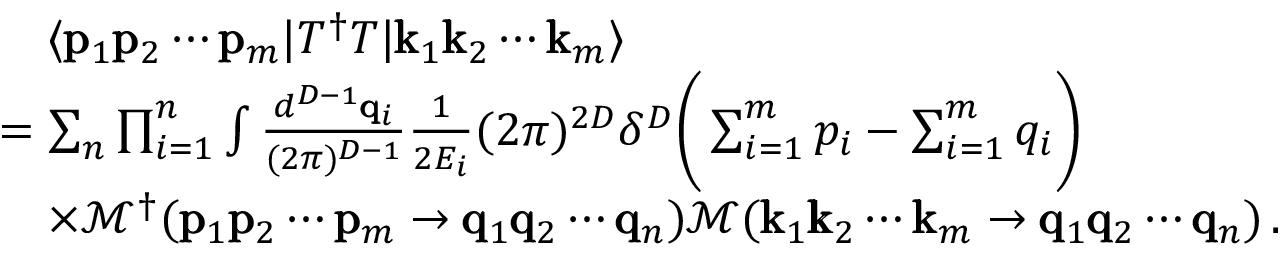
\begin{array} { r l } & { \quad \langle \pmb { \mathrm { p } } _ { 1 } \pmb { \mathrm { p } } _ { 2 } \cdots \pmb { \mathrm { p } } _ { m } | T ^ { \dagger } T | \pmb { \mathrm { k } } _ { 1 } \pmb { \mathrm { k } } _ { 2 } \cdots \pmb { \mathrm { k } } _ { m } \rangle } \\ & { = \sum _ { n } \prod _ { i = 1 } ^ { n } \int \frac { d ^ { D - 1 } \pmb { \mathrm { q } } _ { i } } { ( 2 \pi ) ^ { D - 1 } } \frac { 1 } { 2 E _ { i } } ( 2 \pi ) ^ { 2 D } \delta ^ { D } \bigg ( \sum _ { i = 1 } ^ { m } p _ { i } - \sum _ { i = 1 } ^ { m } q _ { i } \bigg ) } \\ & { \quad \times \mathcal { M } ^ { \dagger } ( \pmb { \mathrm { p } } _ { 1 } \pmb { \mathrm { p } } _ { 2 } \cdots \pmb { \mathrm { p } } _ { m } \rightarrow \pmb { \mathrm { q } } _ { 1 } \pmb { \mathrm { q } } _ { 2 } \cdots \pmb { \mathrm { q } } _ { n } ) \mathcal { M } ( \pmb { \mathrm { k } } _ { 1 } \pmb { \mathrm { k } } _ { 2 } \cdots \pmb { \mathrm { k } } _ { m } \rightarrow \pmb { \mathrm { q } } _ { 1 } \pmb { \mathrm { q } } _ { 2 } \cdots \pmb { \mathrm { q } } _ { n } ) \, . } \end{array}